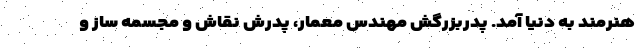
هنرمند به دنیا آمد. پدربزرگش مهندس معمار، پدرش نقاش و مجسمه ساز و